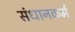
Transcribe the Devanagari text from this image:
संधानकर्म